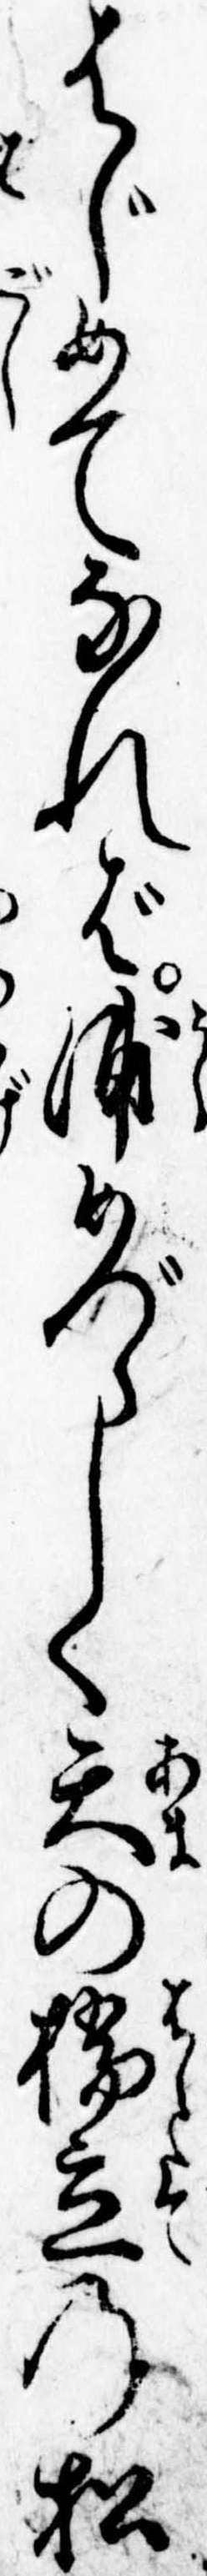
はじめてなれば浦めづらしく天の橋立の松